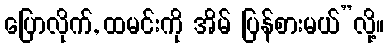
ပြောလိုက်, ထမင်းကို အိမ် ပြန်စားမယ်”လို့။